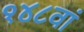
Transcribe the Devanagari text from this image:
१४८वां